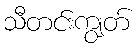
သီတင်းကျွတ်